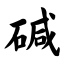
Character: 碱